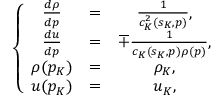
\left\{ \begin{array} { c c c } { \frac { d \rho } { d p } } & { = } & { \frac { 1 } { c _ { K } ^ { 2 } ( s _ { K } , p ) } , } \\ { \frac { d u } { d p } } & { = } & { \mp \frac { 1 } { c _ { K } ( s _ { K } , p ) \rho ( p ) } , } \\ { \rho ( p _ { K } ) } & { = } & { \rho _ { K } , } \\ { u ( p _ { K } ) } & { = } & { u _ { K } , } \end{array} \right.